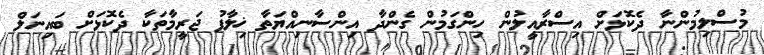
މުސްލިމުންނާ ދެކޮޅަށް އިސްރާއީލުން ހިންގަމުން ގެންދާ އިންސާނިއްޔަތާ ޚިލާފު ޖަރީމާތަކާ ދެކޮޅަށް ބައިނަލް